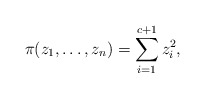
\begin{align*} \pi(z_1,\ldots,z_n) = \sum_{i=1}^{c+1} z_i^2 , \end{align*}